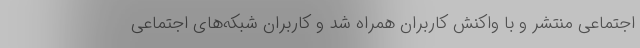
اجتماعی منتشر و با واکنش کاربران همراه شد و کاربران شبکه‌های اجتماعی